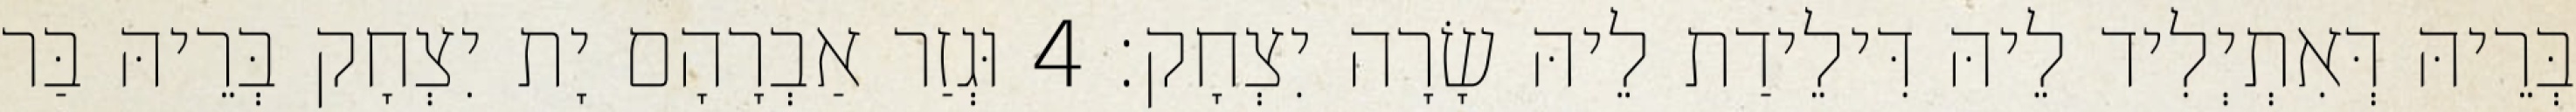
בְּרֵיהּ דְּאִתְיְלִיד לֵיהּ דִּילֵידַת לֵיהּ שָׂרָה יִצְחָק׃ 4 וּגְזַר אַבְרָהָם יָת יִצְחָק בְּרֵיהּ בַּר